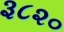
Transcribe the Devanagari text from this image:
३८२०